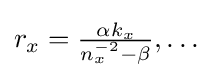
{\textstyle r_{x}={\frac {\alpha k_{x}}{n_{x}^{-2}-\beta }},\dots }